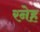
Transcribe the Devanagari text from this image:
रनेह